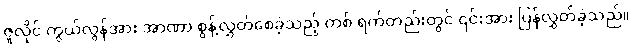
ဇူလိုင် ကွယ်လွန်အား အာဏာ စွန့်လွှတ်စေခဲ့သည့် တစ် ရက်တည်းတွင် ၎င်းအား ပြန်လွှတ်ခဲ့သည်။